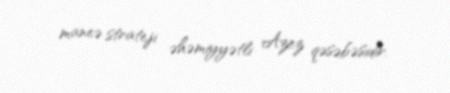
maneə strateji əhəmiyyətli Azez qəsəbəsidir.